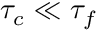
\tau _ { c } \ll \tau _ { f }